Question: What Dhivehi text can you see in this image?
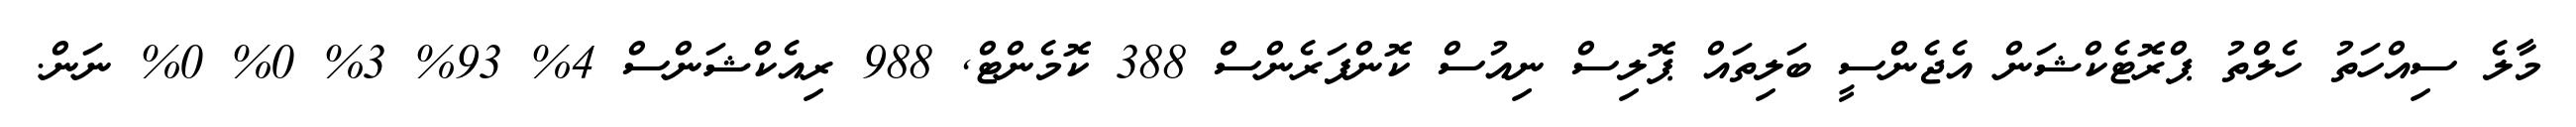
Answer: މާލެ ސިއްހަތު ހެލްތު ޕްރޮޓެކްޝަން އެޖެންސީ ބަލިތައް ޕޮލިސް ނިއުސް ކޮންފަރެންސް 388 ކޮމެންޓް, 988 ރިއެކްޝަންސް 4% 93% 3% 0% 0% ނަން.